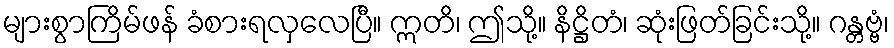
များစွာကြိမ်ဖန် ခံစားရလှလေပြီ။ ဣတိ၊ ဤသို့။ နိဋ္ဌိတံ၊ ဆုံးဖြတ်ခြင်းသို့။ ဂန္တဗ္ဗံ၊